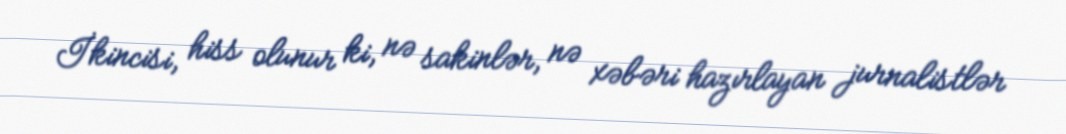
İkincisi, hiss olunur ki, nə sakinlər, nə xəbəri hazırlayan jurnalistlər